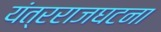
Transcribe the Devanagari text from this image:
यंत्रराजघटना